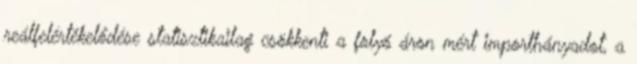
reálfelértékelődése statisztikailag csökkenti a folyó áron mért importhányadot, a